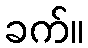
ခက်။